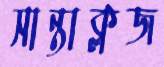
সান্তাক্লজ